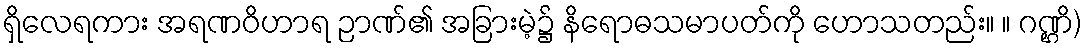
ရှိလေရကား အရဏဝိဟာရ ဉာဏ်၏ အခြားမဲ့၌ နိရောဓသမာပတ်ကို ဟောသတည်း။ ။ ဂဏ္ဌိ)